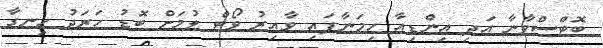
ބޮޓްސްވާނާ އަދި އިންޑިއާ ހިމަނާފައި ވާއިރު ވޯޓް ލުމަށް ބޮޑު ހަރަދު ހިނގާ